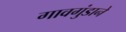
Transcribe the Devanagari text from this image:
गावगुंडाने